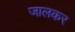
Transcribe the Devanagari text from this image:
जालकर